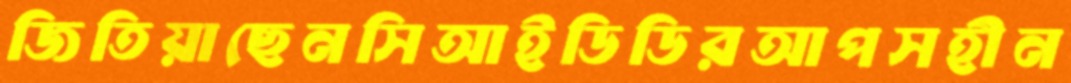
জিতিয়াছেনসিআইডিডিরআপসহীন